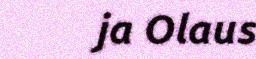
ja Olaus